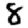
Digit: 8